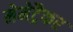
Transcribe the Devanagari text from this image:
मेमेट्रैकर